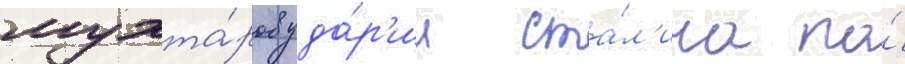
мухта́ров уда́р'ил ста́л'ина по́